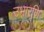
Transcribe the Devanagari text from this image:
उभारणि